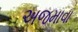
અજમાવા